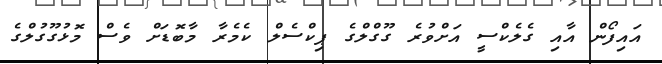
އައިފޯން އާއި ގެލެކްސީ އަށްވުރެ ގޫގްލްގެ ޕިކްސެލް ކެމެރާ މާބޮޑަށް ވެސް މޮޅުގޫގުލްގެ